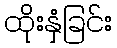
ထိုးနှံခြင်း